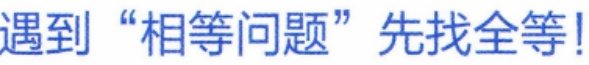
遇到 “相等问题” 先找全等!